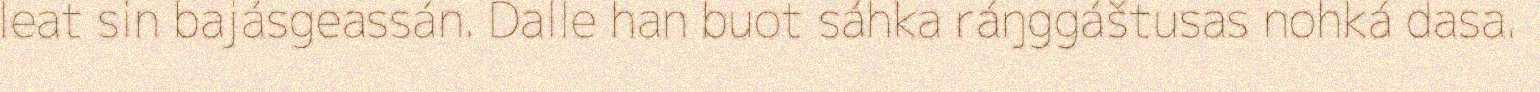
leat sin bajásgeassán. Dalle han buot sáhka ráŋggáštusas nohká dasa.